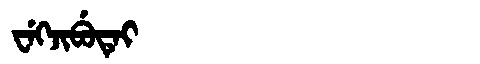
Manchu: ᠸᡝᡴᠵᡳᠪᡠᡨᡝᡳ
Romanization: WEKJIBUTEI